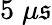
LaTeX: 5\; \mu\mathfrak{s}